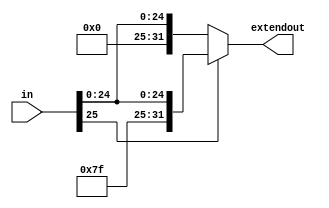
// 26-to-32-bit sign extend
module signextend26(extendout, in);
   
   input [25:0] in;
   output [31:0] extendout;
   reg [31:0]    extendout;
   
   always @(in)
     if (in[25] == 1)
       extendout = {6'b111111,in};
     else
       extendout = {6'b000000,in};
   
endmodule